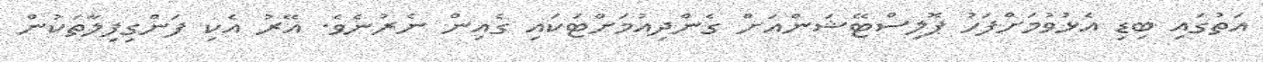
އަތުގައި ބިޑި އެޅުވުމަށްފަހު ޕޮލިސްޓޭޝަންއަށް ގެންދިއުމަށްޓަކައި ގެއިން ނެރުނެވެ. އޭރު އެކި ފަންގިފިލާތަކުން